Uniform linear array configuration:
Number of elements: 12
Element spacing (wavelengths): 0.5
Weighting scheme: kaiser
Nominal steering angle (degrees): -60
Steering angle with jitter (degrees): -59.741
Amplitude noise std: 0.05
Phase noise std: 0.05

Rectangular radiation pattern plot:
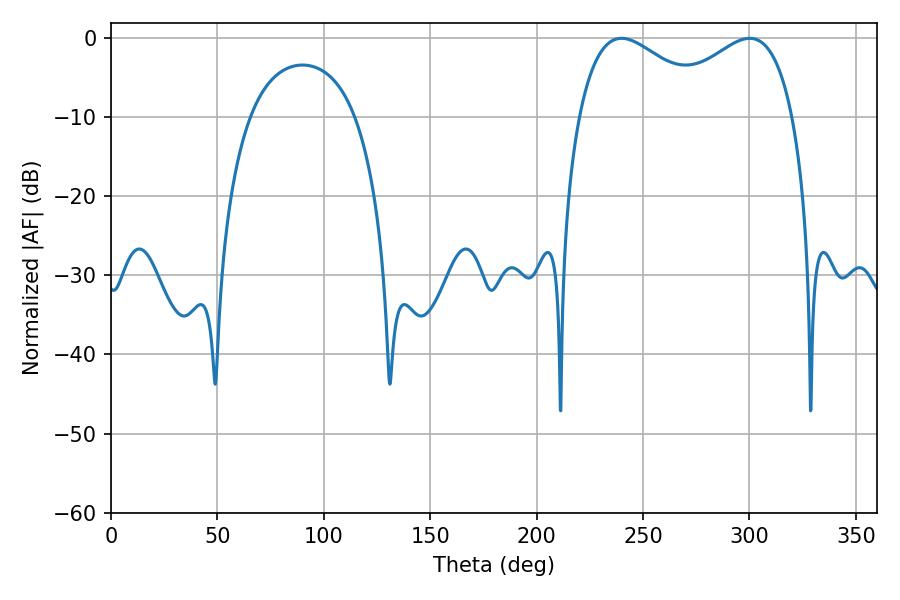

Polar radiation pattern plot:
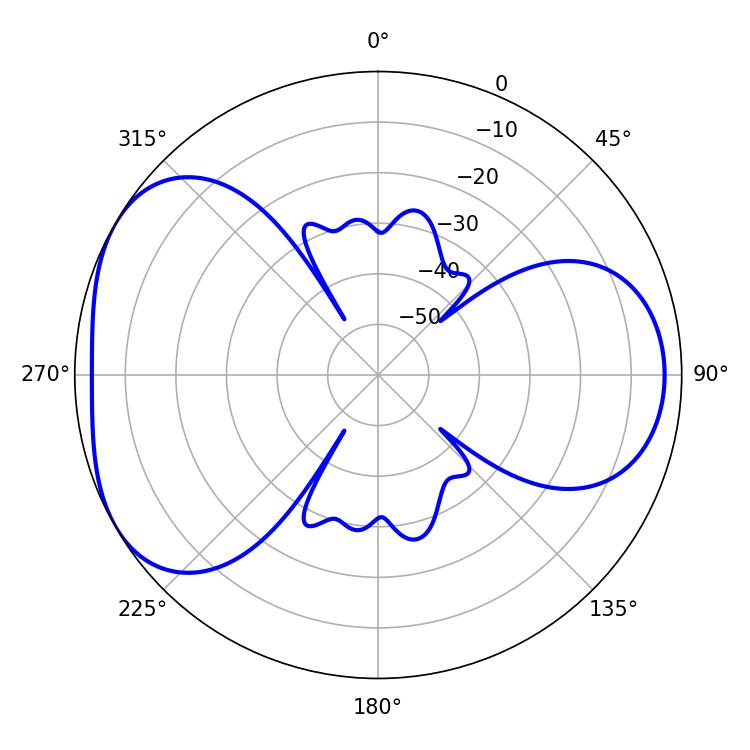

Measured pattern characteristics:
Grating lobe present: FALSE
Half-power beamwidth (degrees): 35.28
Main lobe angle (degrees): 300.06